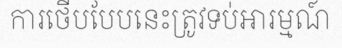
ការថើបបែបនេះត្រូវទប់អារម្មណ៍